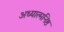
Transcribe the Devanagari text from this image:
अध्यात्मनिष्ठ